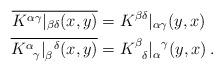
LaTeX: \begin{align*}\overline{K^{\alpha \gamma}|_{\beta \delta}(x,y)} &= K^{\beta \delta}|_{\alpha \gamma}(y,x) \\\overline{K^\alpha_{\;\;\,\gamma}|_\beta^{\;\;\,\delta}(x,y)} &= K^\beta_{\;\;\,\delta}|_\alpha^{\;\;\,\gamma}(y,x) \:.\end{align*}